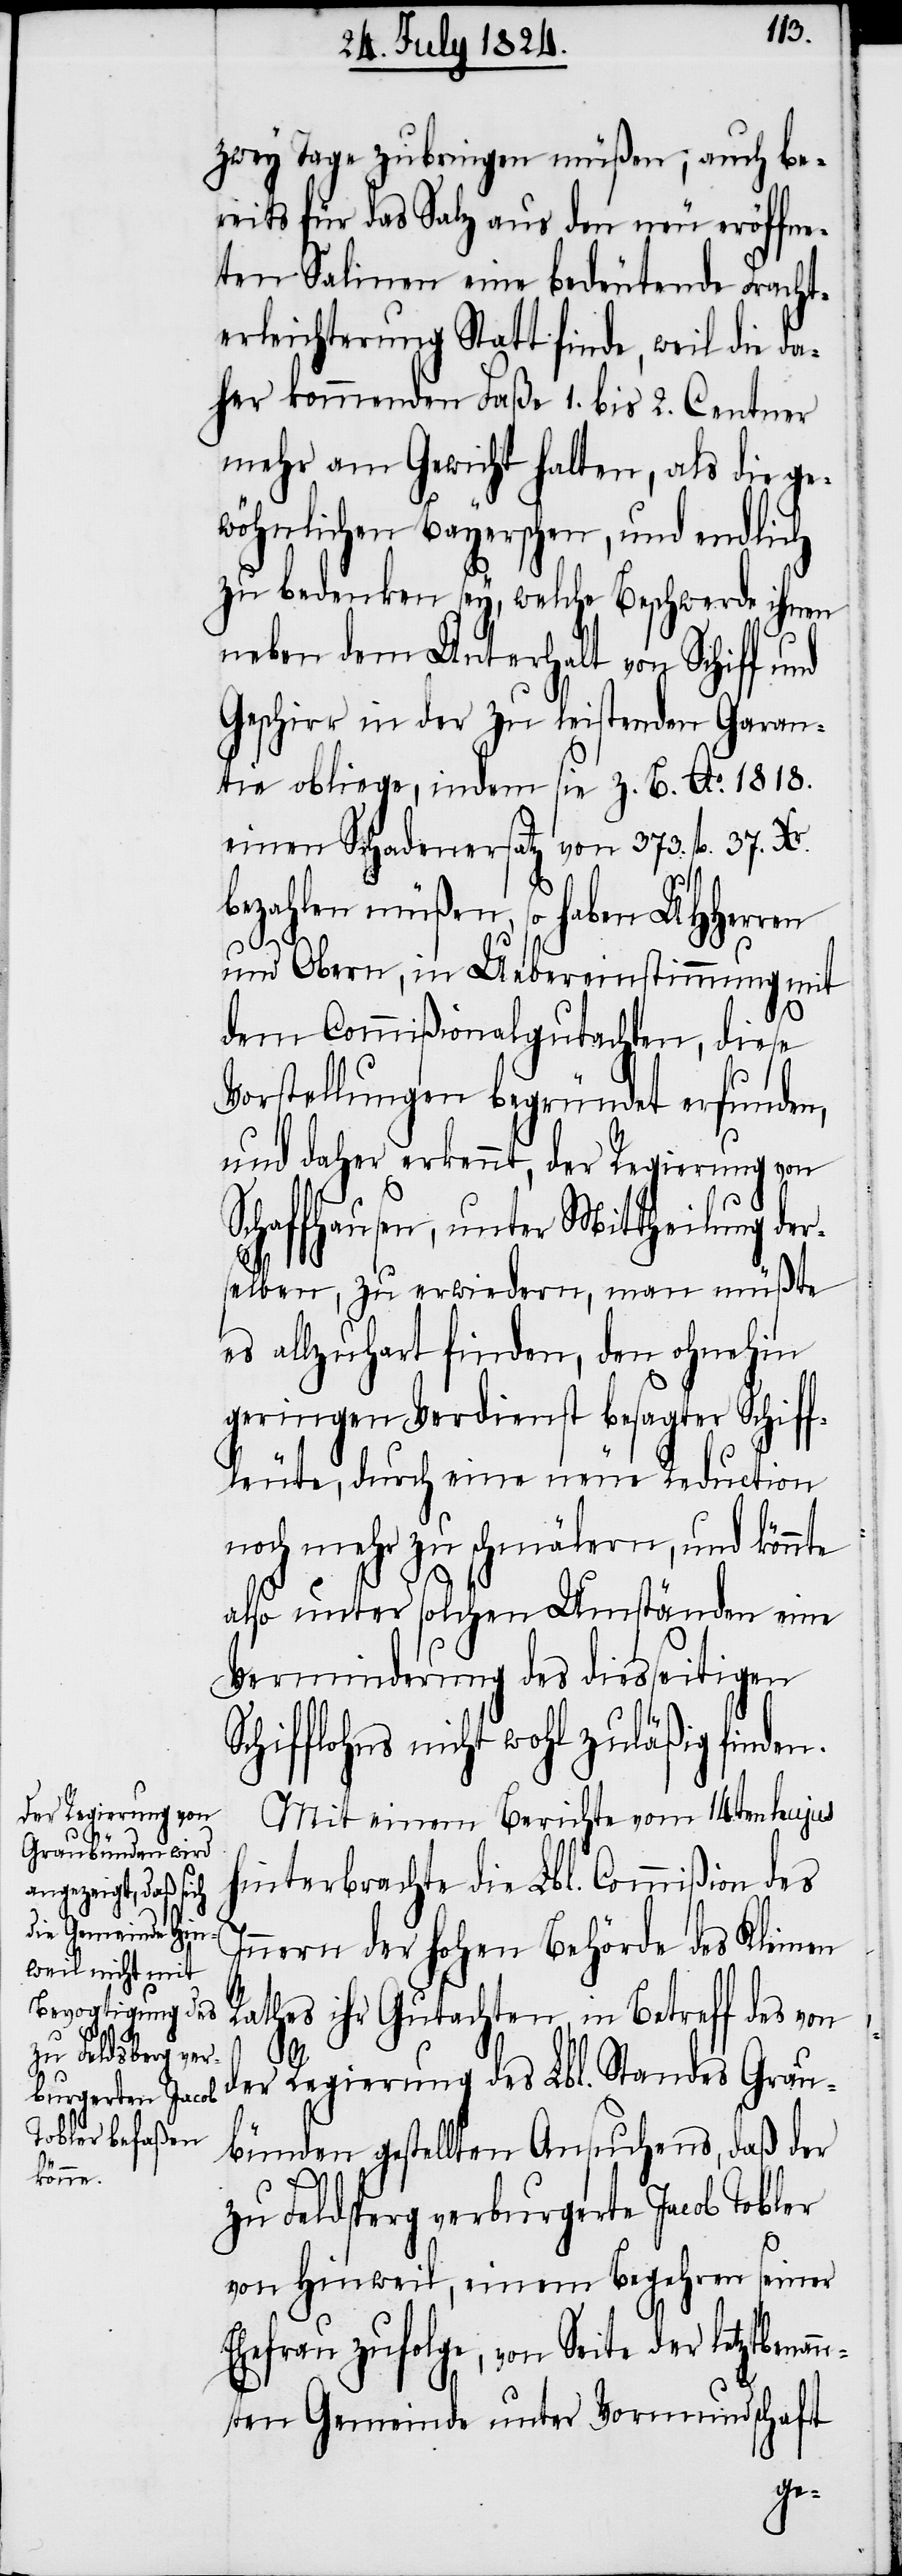
zwey Tage zubringen müßen; auch be¬
reits für das Salz aus den neu eröffne¬
ten Salinen eine bedeutende Fracht¬
erleichterung Statt finde, weil die da¬
her kommenden Faße 1. bis 2. Centner
mehr am Gewicht halten, als die ge¬
wöhnlichen Bayerschen, und endlich
zu bedenken sey, welche Beschwerde ihnen
neben dem Unterhalt von Schiff
Geschirr in der zu leistenden Garan¬
tie obliege, indem sie z. B. Ao. 1818.
einen Schadenersatz von 373. fl. 37. Xr.
bezahlen müßen, so haben UHHerren
und Obern, in Uebereinstimmung mit
dem Commißionalgutachten, diese
Vorstellungen begründet erfunden,
und daher erkennt, der Regierung von
Schaffhausen unter Mittheilung der¬
selben, zu erwiedern, man müßte
es allzuhart finden, den ohnehin
geringen Verdienst besagter Schiff¬
leute, durch eine neue Reduction
noch mehr zu schmälern, und könnte
also unter solchen Umständen eine
Verminderung des diesseitigen
Schifflohns nicht wohl zuläßig finden.
Mit einem Berichte vom 14ten hujus
hinterbrachte die Lbl. Commißion des
Innern der Hohen Behörde des Kleinen
Rathes ihr Gutachten, in Betreff des von
der Regierung des Lbl. Standes Grau¬
bünden gestellten Ansuchens, daß der
zu Feldsperg verburgerte Jacob Tobler
von Hinweil, einem Begehren seiner
Ehefrau zufolge, von Seite der letztbenan¬
nten Gemeinde unter Vormundschaft